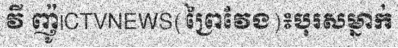
វី ញ៉ូ|CTVNEWS(ព្រៃវែង)៖បុរសម្នាក់